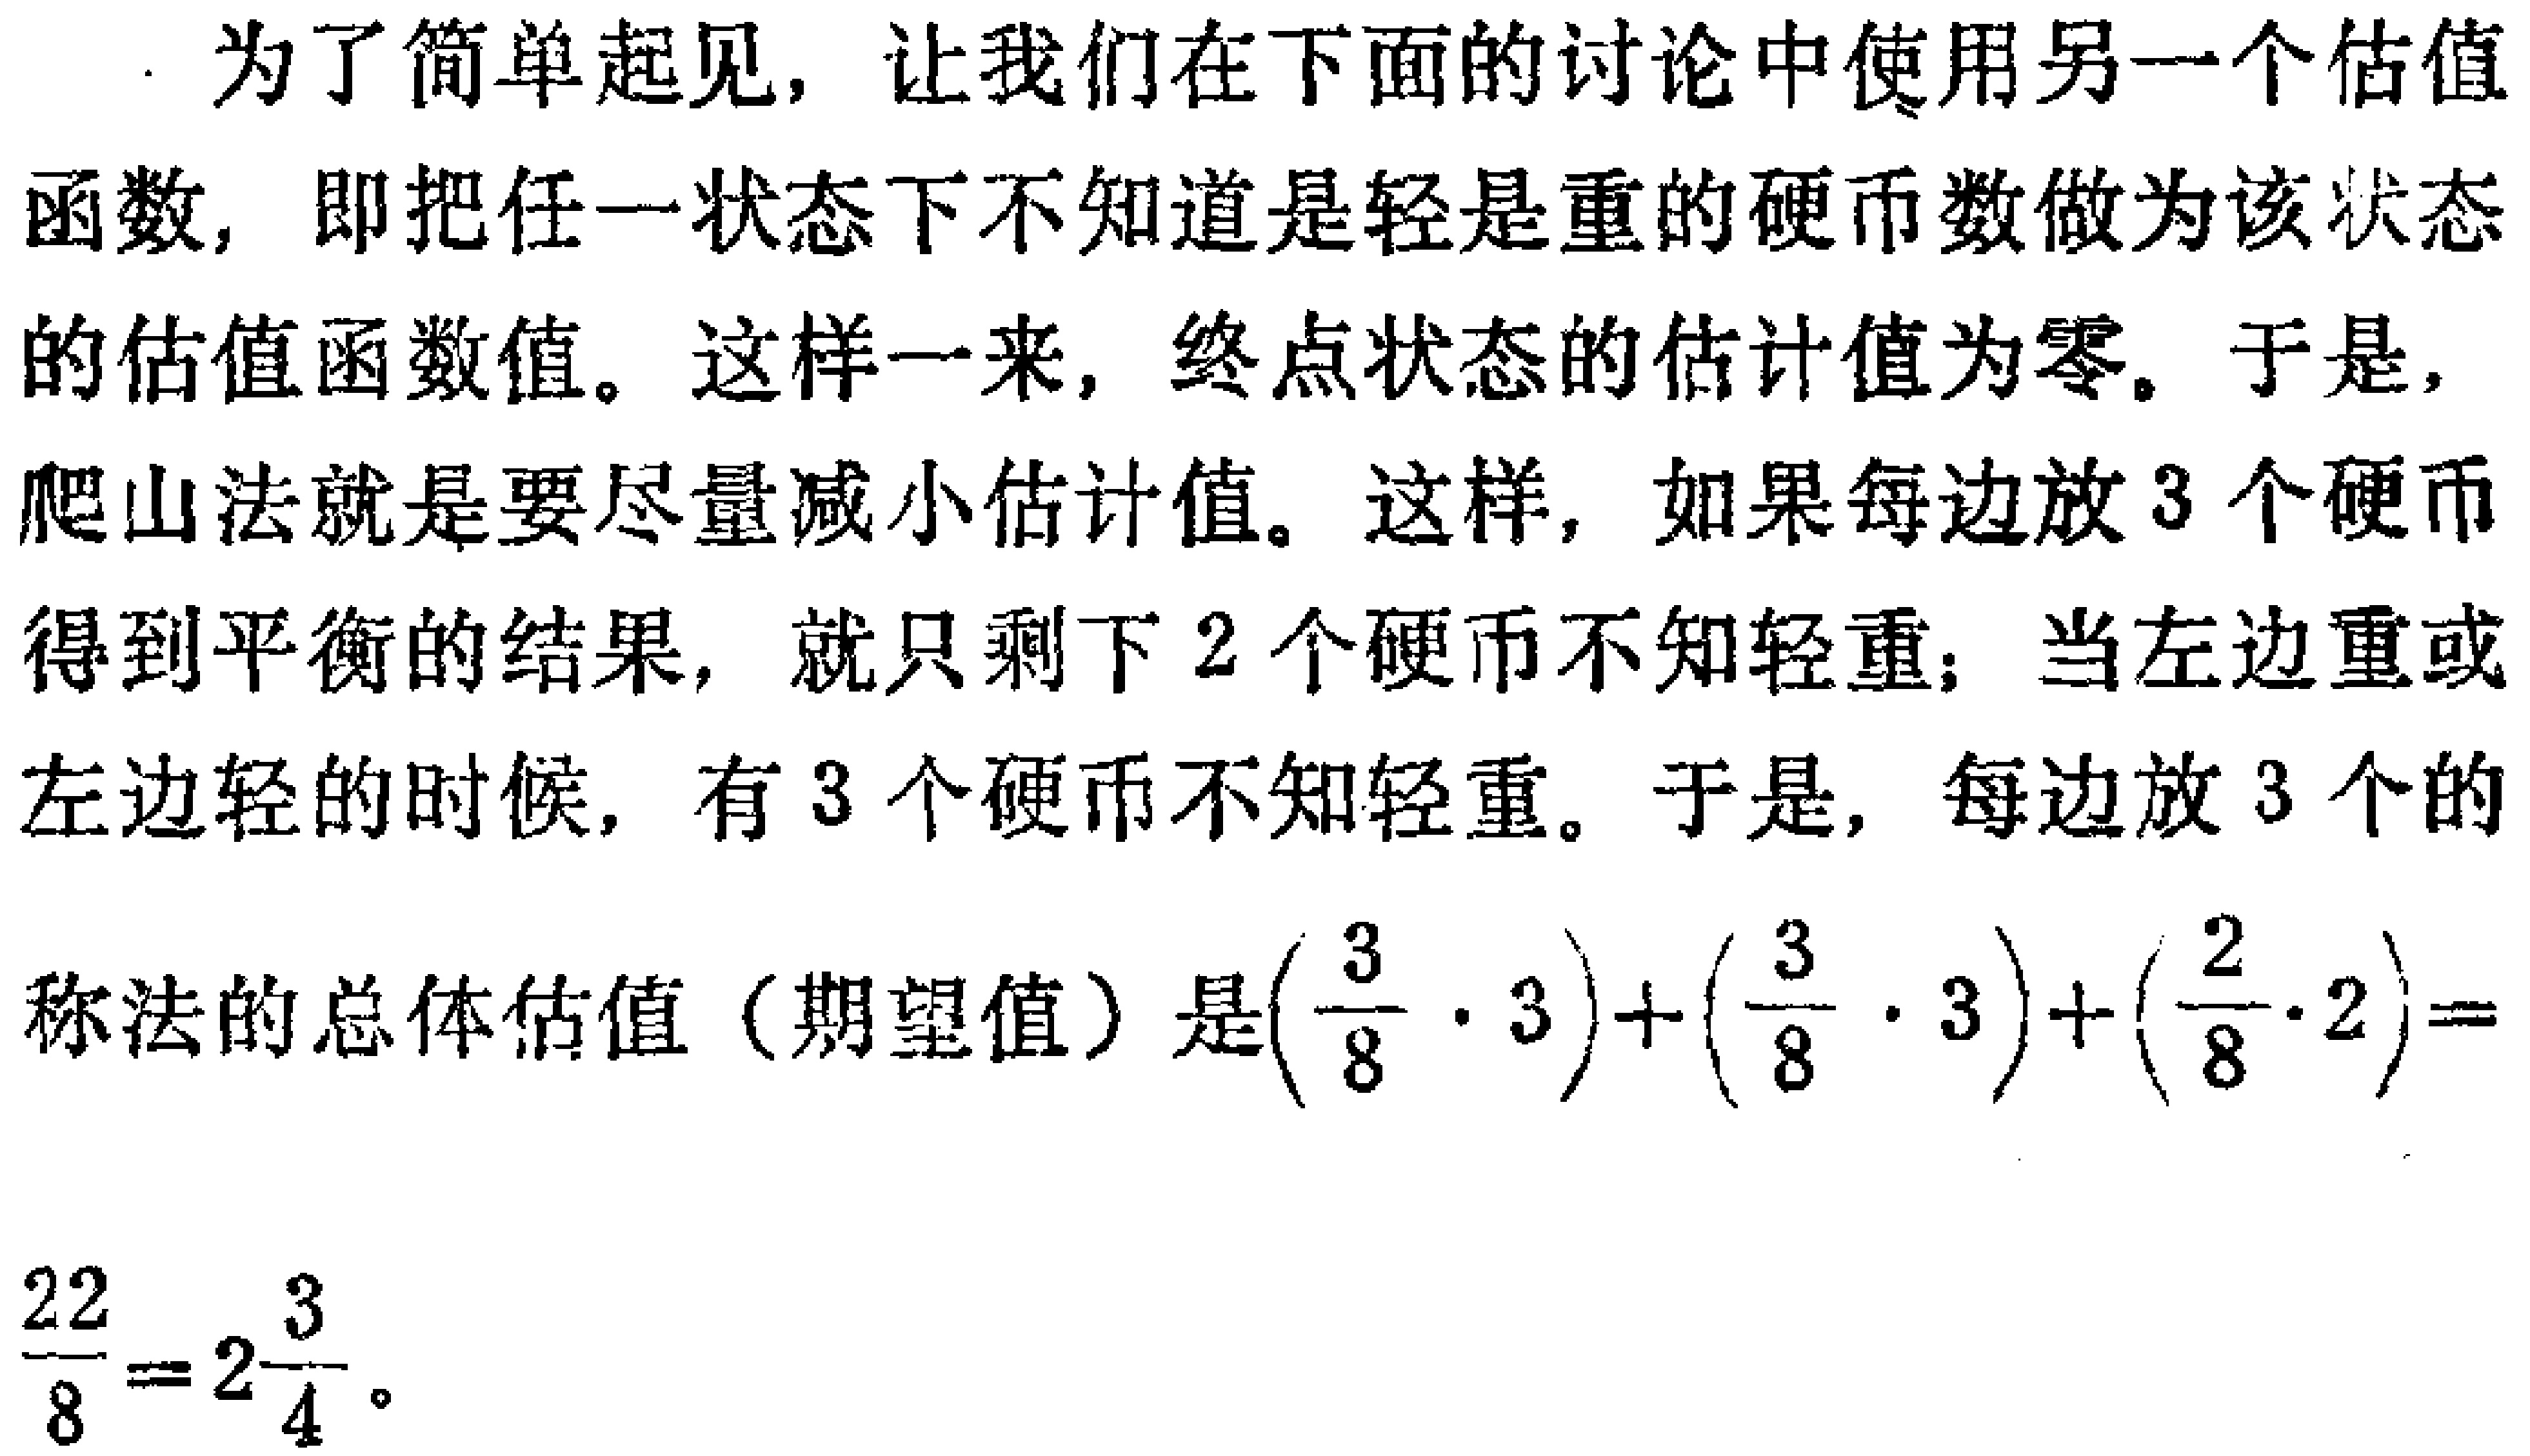
为了简单起见，让我们在下面的讨论中使用另一个估值函数，即把任一状态下不知道是轻是重的硬币数做为该状态的估值函数值。这样一来，终点状态的估计值为零。于是，爬山法就是要尽量减小估计值。这样，如果每边放3个硬币得到平衡的结果，就只剩下2个硬币不知轻重；当左边重或左边轻的时候，有3个硬币不知轻重。于是，每边放3个的称法的总体估值（期望值）是\((\frac{3}{8} \cdot 3)+(\frac{3}{8} \cdot 3)+(\frac{2}{8}\cdot2)=\frac{22}{8}=2\frac{3}{4}\)。